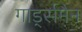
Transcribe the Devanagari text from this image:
गार्ड्समैन